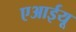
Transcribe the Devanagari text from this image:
एआईयू